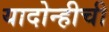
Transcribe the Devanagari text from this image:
यादोन्हीची